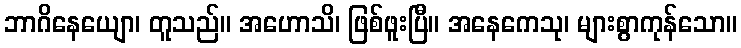
ဘာဂိနေယျော၊ တူသည်။ အဟောသိ၊ ဖြစ်ဖူးပြီ။ အနေကေသု၊ များစွာကုန်သော။